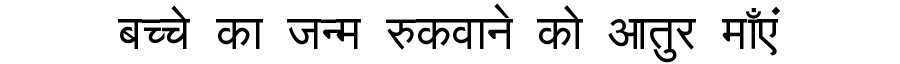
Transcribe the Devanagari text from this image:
बच्चे का जन्म रुकवाने को आतुर माँएं